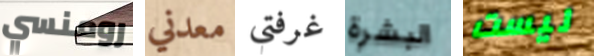
رومنسي معدني غرفتي البشرة ليست